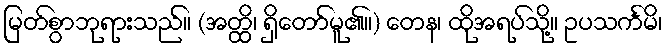
မြတ်စွာဘုရားသည်။ (အတ္ထိ၊ ရှိတော်မူ၏။) တေန၊ ထိုအရပ်သို့။ ဥပသင်္ကမိ၊